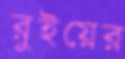
রুইয়ের